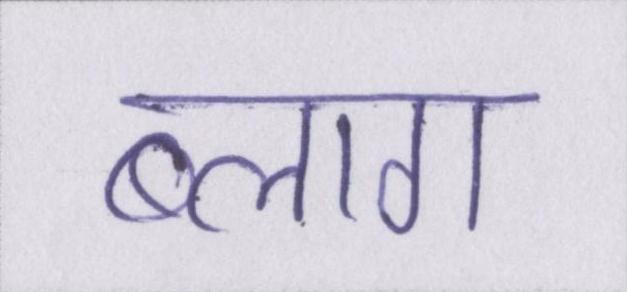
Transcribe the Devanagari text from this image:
ब्लाग